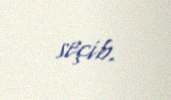
seçib.